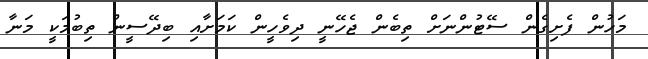
މަހުން ފެށިގެން ސޭޓުންނަށް ތިބެން ޖެހޭނީ ދިވެހީން ކަމަށާއި ބިދޭސީން ތިބުމަކީ މަނާ